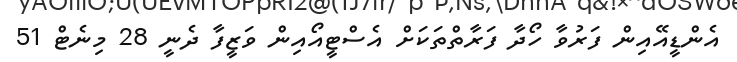
އެންޑީއޭއިން ފަރުވާ ހޯދާ ފަރާތްތަކަށް އެސްޓީއޯއިން ވަޒީފާ ދެނީ 28 މިނެޓް 51